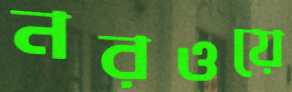
নরওয়ে